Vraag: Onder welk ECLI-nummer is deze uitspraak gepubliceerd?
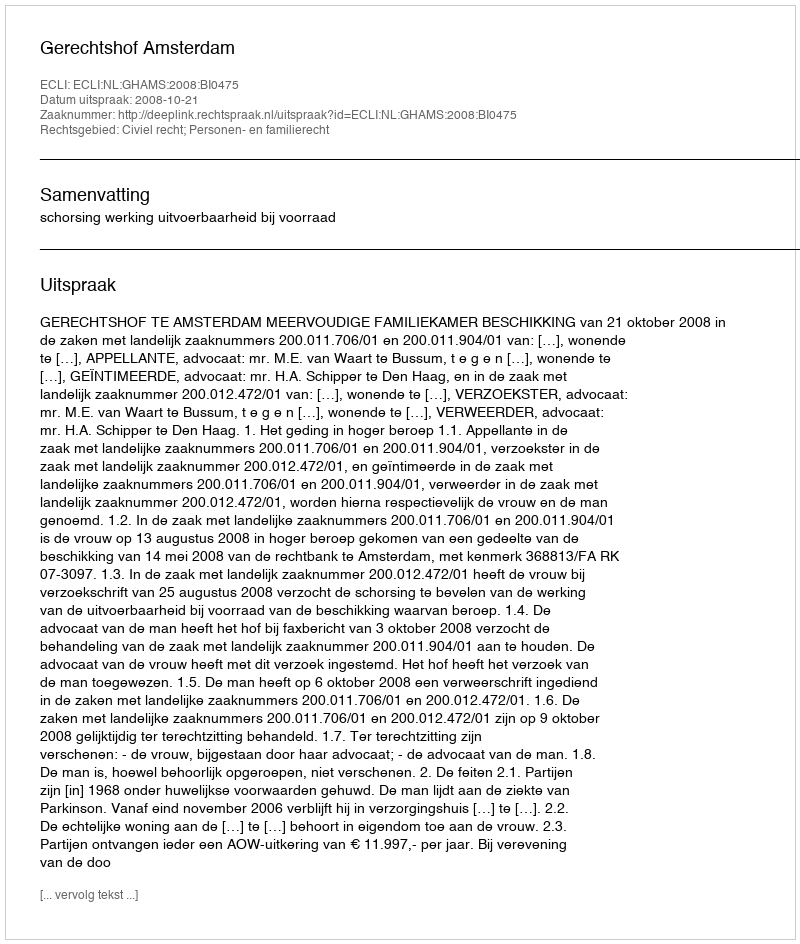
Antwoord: ECLI:NL:GHAMS:2008:BI0475